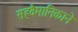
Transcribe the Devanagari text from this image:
सहवैमानिकाने